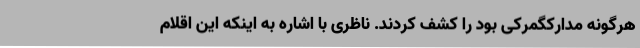
هرگونه مدارکگمرکی بود را کشف کردند. ناظری با اشاره به اینکه این اقلام